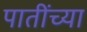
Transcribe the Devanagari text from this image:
पातींच्या